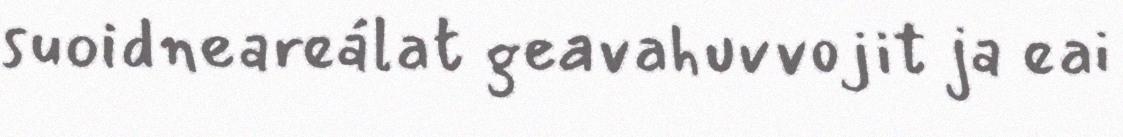
suoidneareálat geavahuvvojit ja eai